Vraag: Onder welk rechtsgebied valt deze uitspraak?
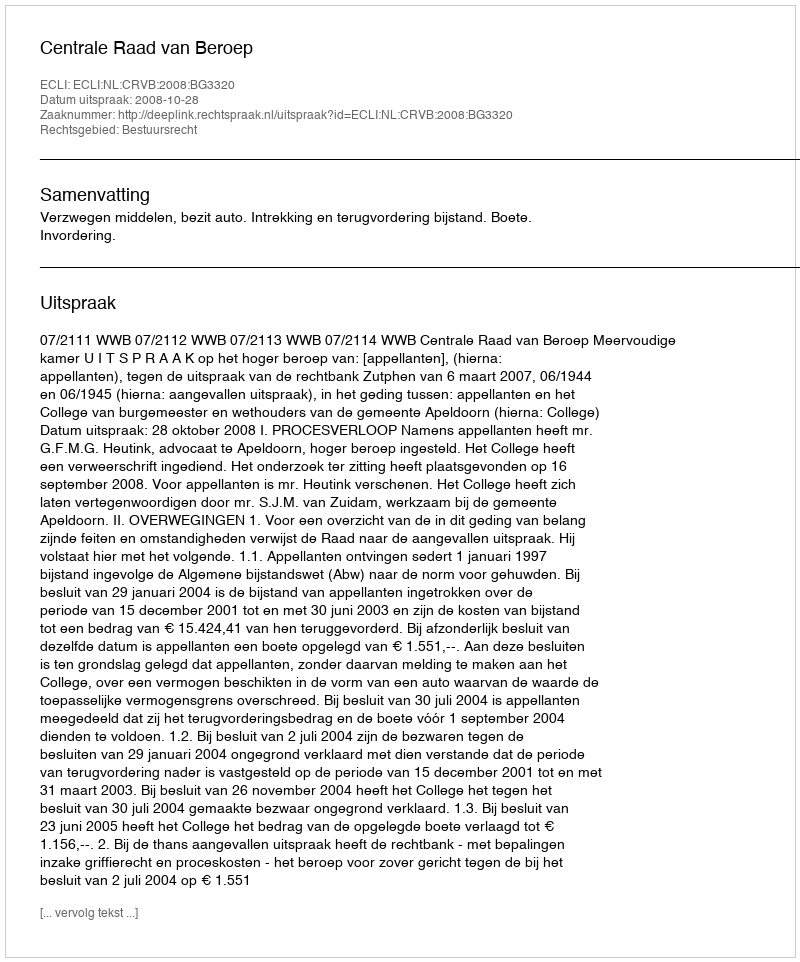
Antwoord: Bestuursrecht